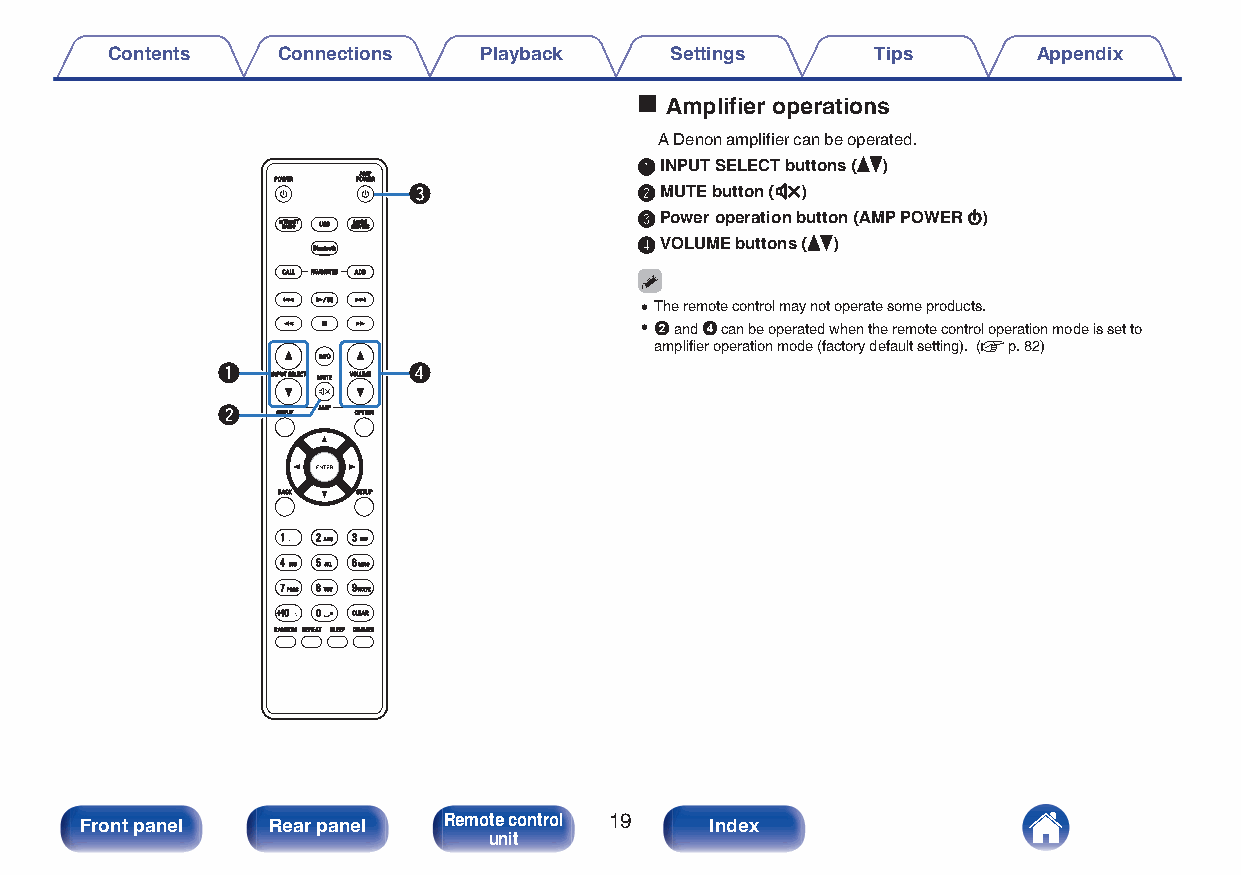
Contents   Connections   Playback    Settings      Tips       Appendix
 o Amplifier operations
 A Denon amplifier can be operated.
 AINPUT SELECT buttons (df)
 e              BMUTE button (:)
 CPower operation button (AMP POWER X)
 DVOLUME buttons (df)
 0The remote control may not operate some products.
 02 and 4 can be operated when the remote control operation mode is set to
 amplifier operation mode (factory default setting). (v p. 82)
 q            r
 w
 Front panel  Rear panel Remote control 19 Index
 unit